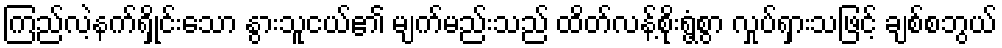
ကြည်လဲ့နက်ရှိုင်းသော နွားသူငယ်၏ မျက်မည်းသည် ထိတ်လန့်စိုးရွံ့စွာ လှုပ်ရှားသဖြင့် ချစ်စဘွယ်